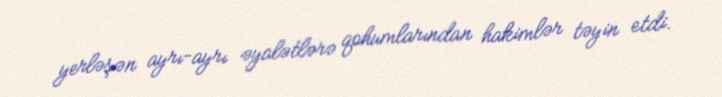
yerləşən ayrı-ayrı əyalətlərə qohumlarından hakimlər təyin etdi.